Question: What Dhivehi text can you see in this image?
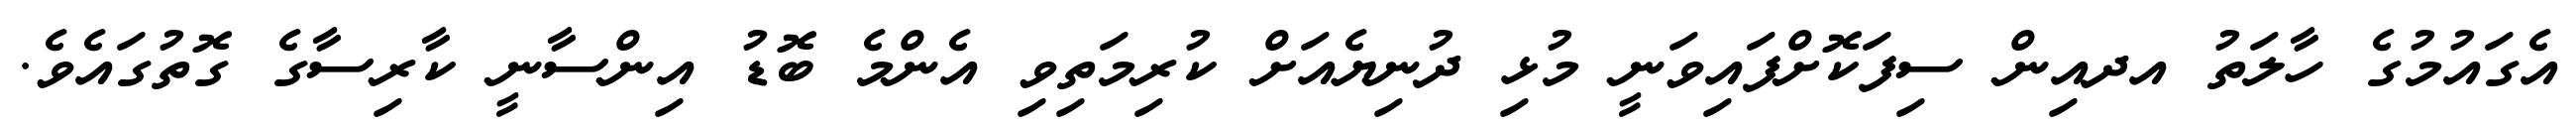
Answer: އެގައުމުގެ ހާލަތު އދއިން ސިފަކޮށްފައިވަނީ މުޅި ދުނިޔެއަށް ކުރިމަތިވި އެންމެ ބޮޑު އިންސާނީ ކާރިސާގެ ގޮތުގައެވެ.